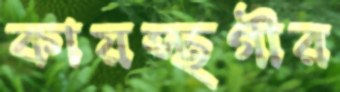
কায়স্থগীর